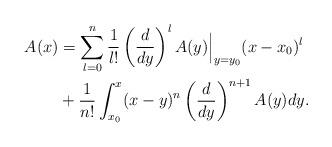
LaTeX: \begin{align*}A(x)&=\sum_{l=0}^n\frac{1}{l!}\left(\frac{d}{dy}\right)^lA(y)\Big|_{y=y_0}(x-x_0)^l\\& +\frac{1}{n!}\int_{x_0}^x(x-y)^n\left(\frac{d}{dy}\right)^{n+1}A(y)dy.\end{align*}